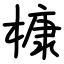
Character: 槺